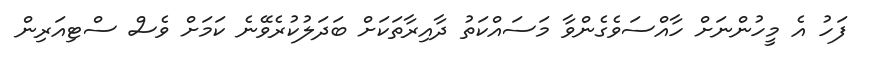
ފަހު އެ މީހުންނަށް ހާއްސަވެގެންވާ މަސައްކަތު ދާއިރާތަކަށް ބަދަލުކުރެވޭނެ ކަމަށް ވެސް ސްޓިއަރިން